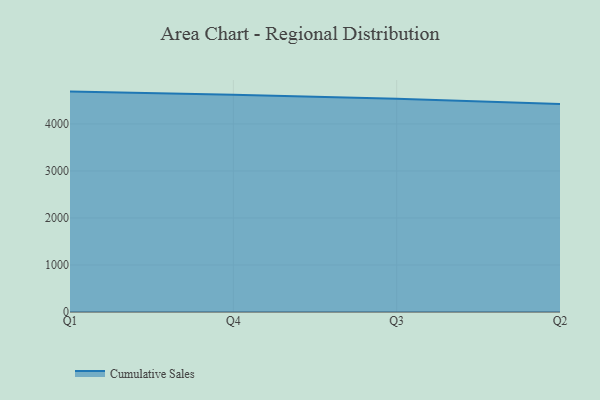
{"axis": {"x": "Quarter", "y": "Latency (ms)"}, "legend": ["Cumulative Sales"], "data": [{"x": "Q1", "y": 4688.9, "type": "Cumulative Sales"}, {"x": "Q4", "y": 4623.9, "type": "Cumulative Sales"}, {"x": "Q3", "y": 4538.7, "type": "Cumulative Sales"}, {"x": "Q2", "y": 4424.9, "type": "Cumulative Sales"}]}